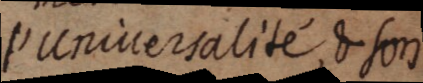
l’Universalité, & son